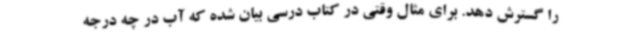
را گسترش دهد. برای مثال وقتی در کتاب درسی بیان شده که آب در چه درجه